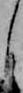
し